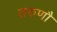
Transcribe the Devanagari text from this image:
तरुणौ